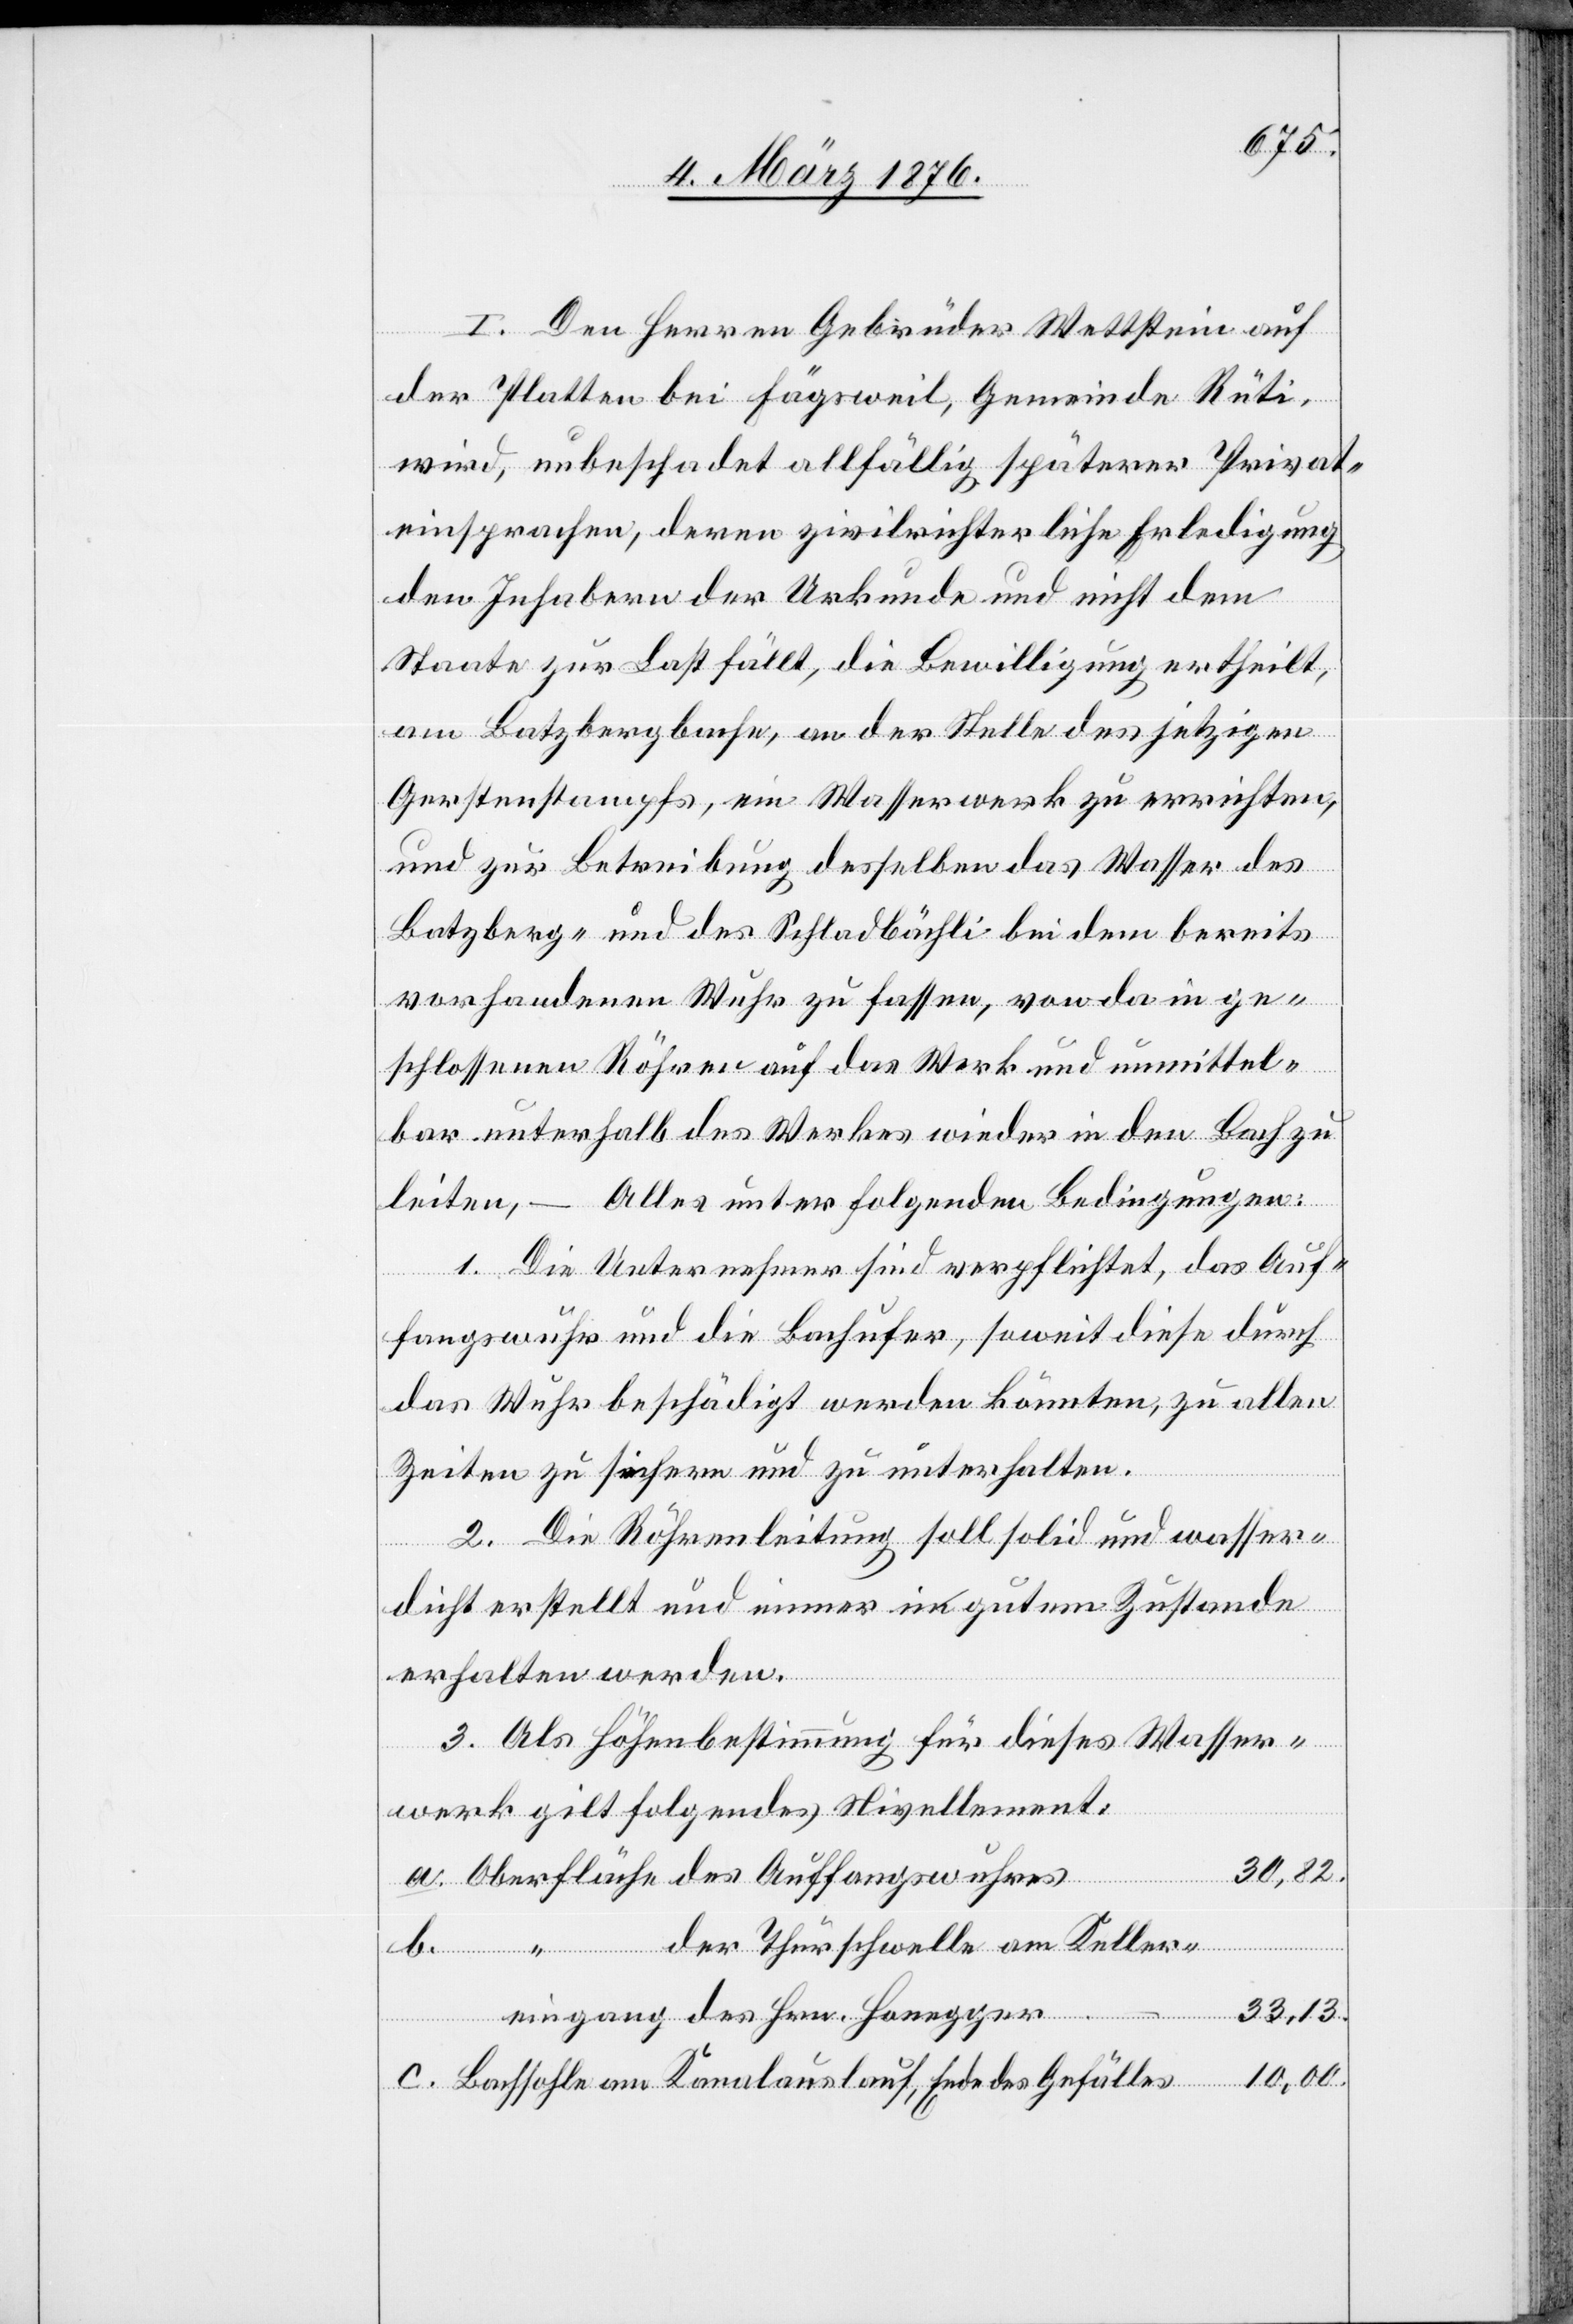
Ende des
I. Den Herren Gebrüder Wettstein auf
der Platten bei Fägsweil, Gemeinde Rüti,
wird, unbeschadet allfällig späterer Privat¬
einsprachen, deren zivilrichterliche Erledigung
den Inhabern der Urkunde und nicht dem
Staate zur Last fällt, die Bewilligung ertheilt,
am Batzbergbache, an der Stelle des jetzigen
Gerstenstampfs, ein Wasserwerk zu errichten,
und zur Betreibung desselben das Wasser des
Batzberg- und des Schladbächli bei dem bereits
vorhandenen Wuhr zu fassen, von da in ge¬
schlossenen Röhren auf das Werk und unmittel¬
bar unterhalb des Werkes wieder in den Bach zu
leiten, – Alles unter folgenden Bedingungen:
1. Die Unternehmer sind verpflichtet, das Auf¬
fangswuhr und die Bachufer, soweit diese durch
das Wuhr beschädigt werden könnten, zu allen
Zeiten zu sichern und zu unterhalten.
2. Die Röhrenleitung soll solid und wasser¬
dicht erstellt und immer in gutem Zustande
erhalten werden.
3. Als Höhenbestimmung für dieses Wasser¬
werk gilt folgendes Nivellement:
der
30,82.
eingang des Hrn. Honegger
33,13.
10,00.